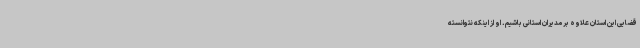
قضایی این استان علاوه بر مدیران استانی باشیم. او از اینکه نتوانسته